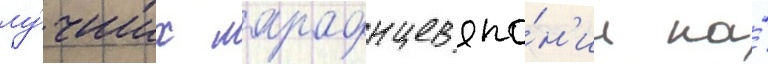
лу́чших марафонцев япо́н'ии на́